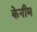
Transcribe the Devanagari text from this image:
केनीम